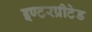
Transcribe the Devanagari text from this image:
इण्टरप्रीटेड